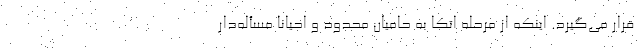
قرار می‌گیرد. اینکه از مرحله اتکا به حامیان محدود و احیاناً مسأله‌دار